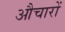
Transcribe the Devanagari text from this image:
औचारों